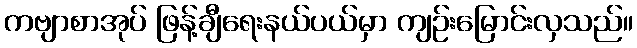
ကဗျာစာအုပ် ဖြန့်ချီရေးနယ်ပယ်မှာ ကျဉ်းမြောင်းလှသည်။